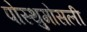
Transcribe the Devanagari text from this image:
पोस्थुमोसली